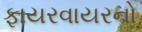
ફાયરવાયરનો